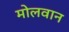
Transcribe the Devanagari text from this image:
मोलवान